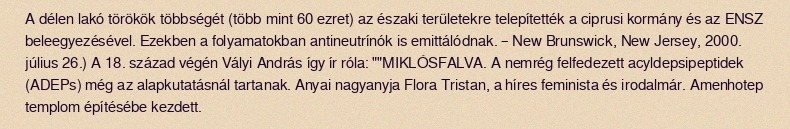
A délen lakó törökök többségét (több mint 60 ezret) az északi területekre telepítették a ciprusi kormány és az ENSZ beleegyezésével. Ezekben a folyamatokban antineutrínók is emittálódnak. – New Brunswick, New Jersey, 2000. július 26.) A 18. század végén Vályi András így ír róla: ""MIKLÓSFALVA. A nemrég felfedezett acyldepsipeptidek (ADEPs) még az alapkutatásnál tartanak. Anyai nagyanyja Flora Tristan, a híres feminista és irodalmár. Amenhotep templom építésébe kezdett.